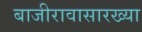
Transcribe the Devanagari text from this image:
बाजीरावासारख्या